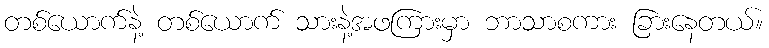
တစ်ယောက်နဲ့ တစ်ယောက် သားနဲ့အဖကြားမှာ ဘာသာစကား ခြားနေတယ်။